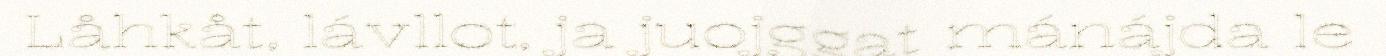
Låhkåt, lávllot, ja juojggat mánájda le